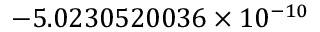
- 5 . 0 2 3 0 5 2 0 0 3 6 \times 1 0 ^ { - 1 0 }